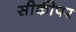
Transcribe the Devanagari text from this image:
सीकीपर